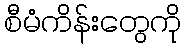
စီမံကိန်းတွေကို